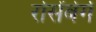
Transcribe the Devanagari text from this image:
रोसेंबेर्ग